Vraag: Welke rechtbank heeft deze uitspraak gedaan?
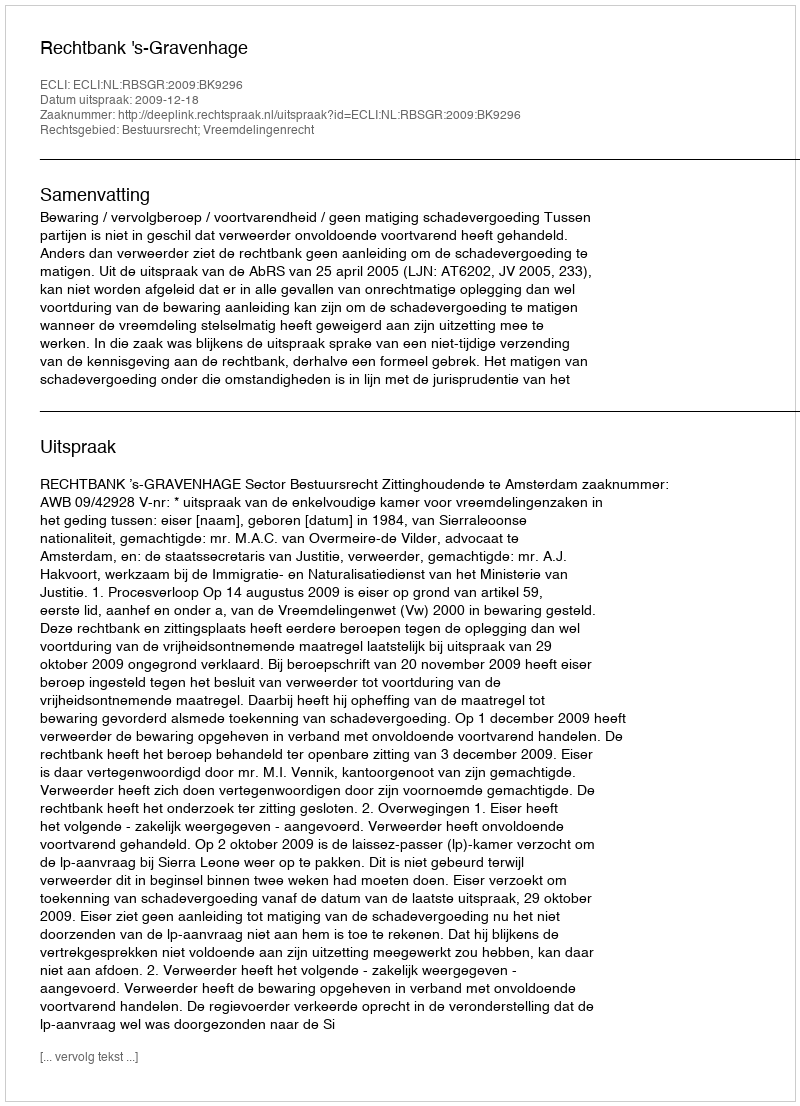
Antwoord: Rechtbank 's-Gravenhage